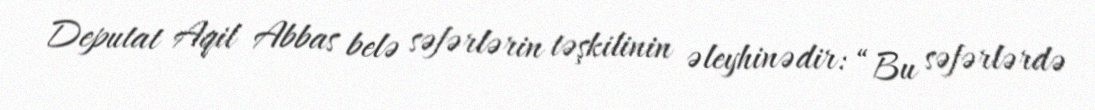
Deputat Aqil Abbas belə səfərlərin təşkilinin əleyhinədir: “Bu səfərlərdə